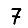
Digit: 7